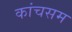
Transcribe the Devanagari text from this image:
कांचसम